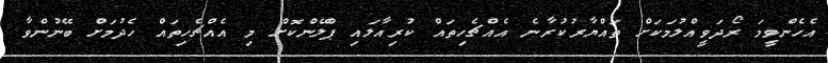
އެހެންވީމަ ރޯދަވީއްލުމަކަށް ތައްޔާރުކުރާނެ އެއްޗެހިތައް ކުރިއާލައި ޕްލޭންކޮށް މި އެއްޗެހިތައް ހެދުމަށް ބޭނުންވާ